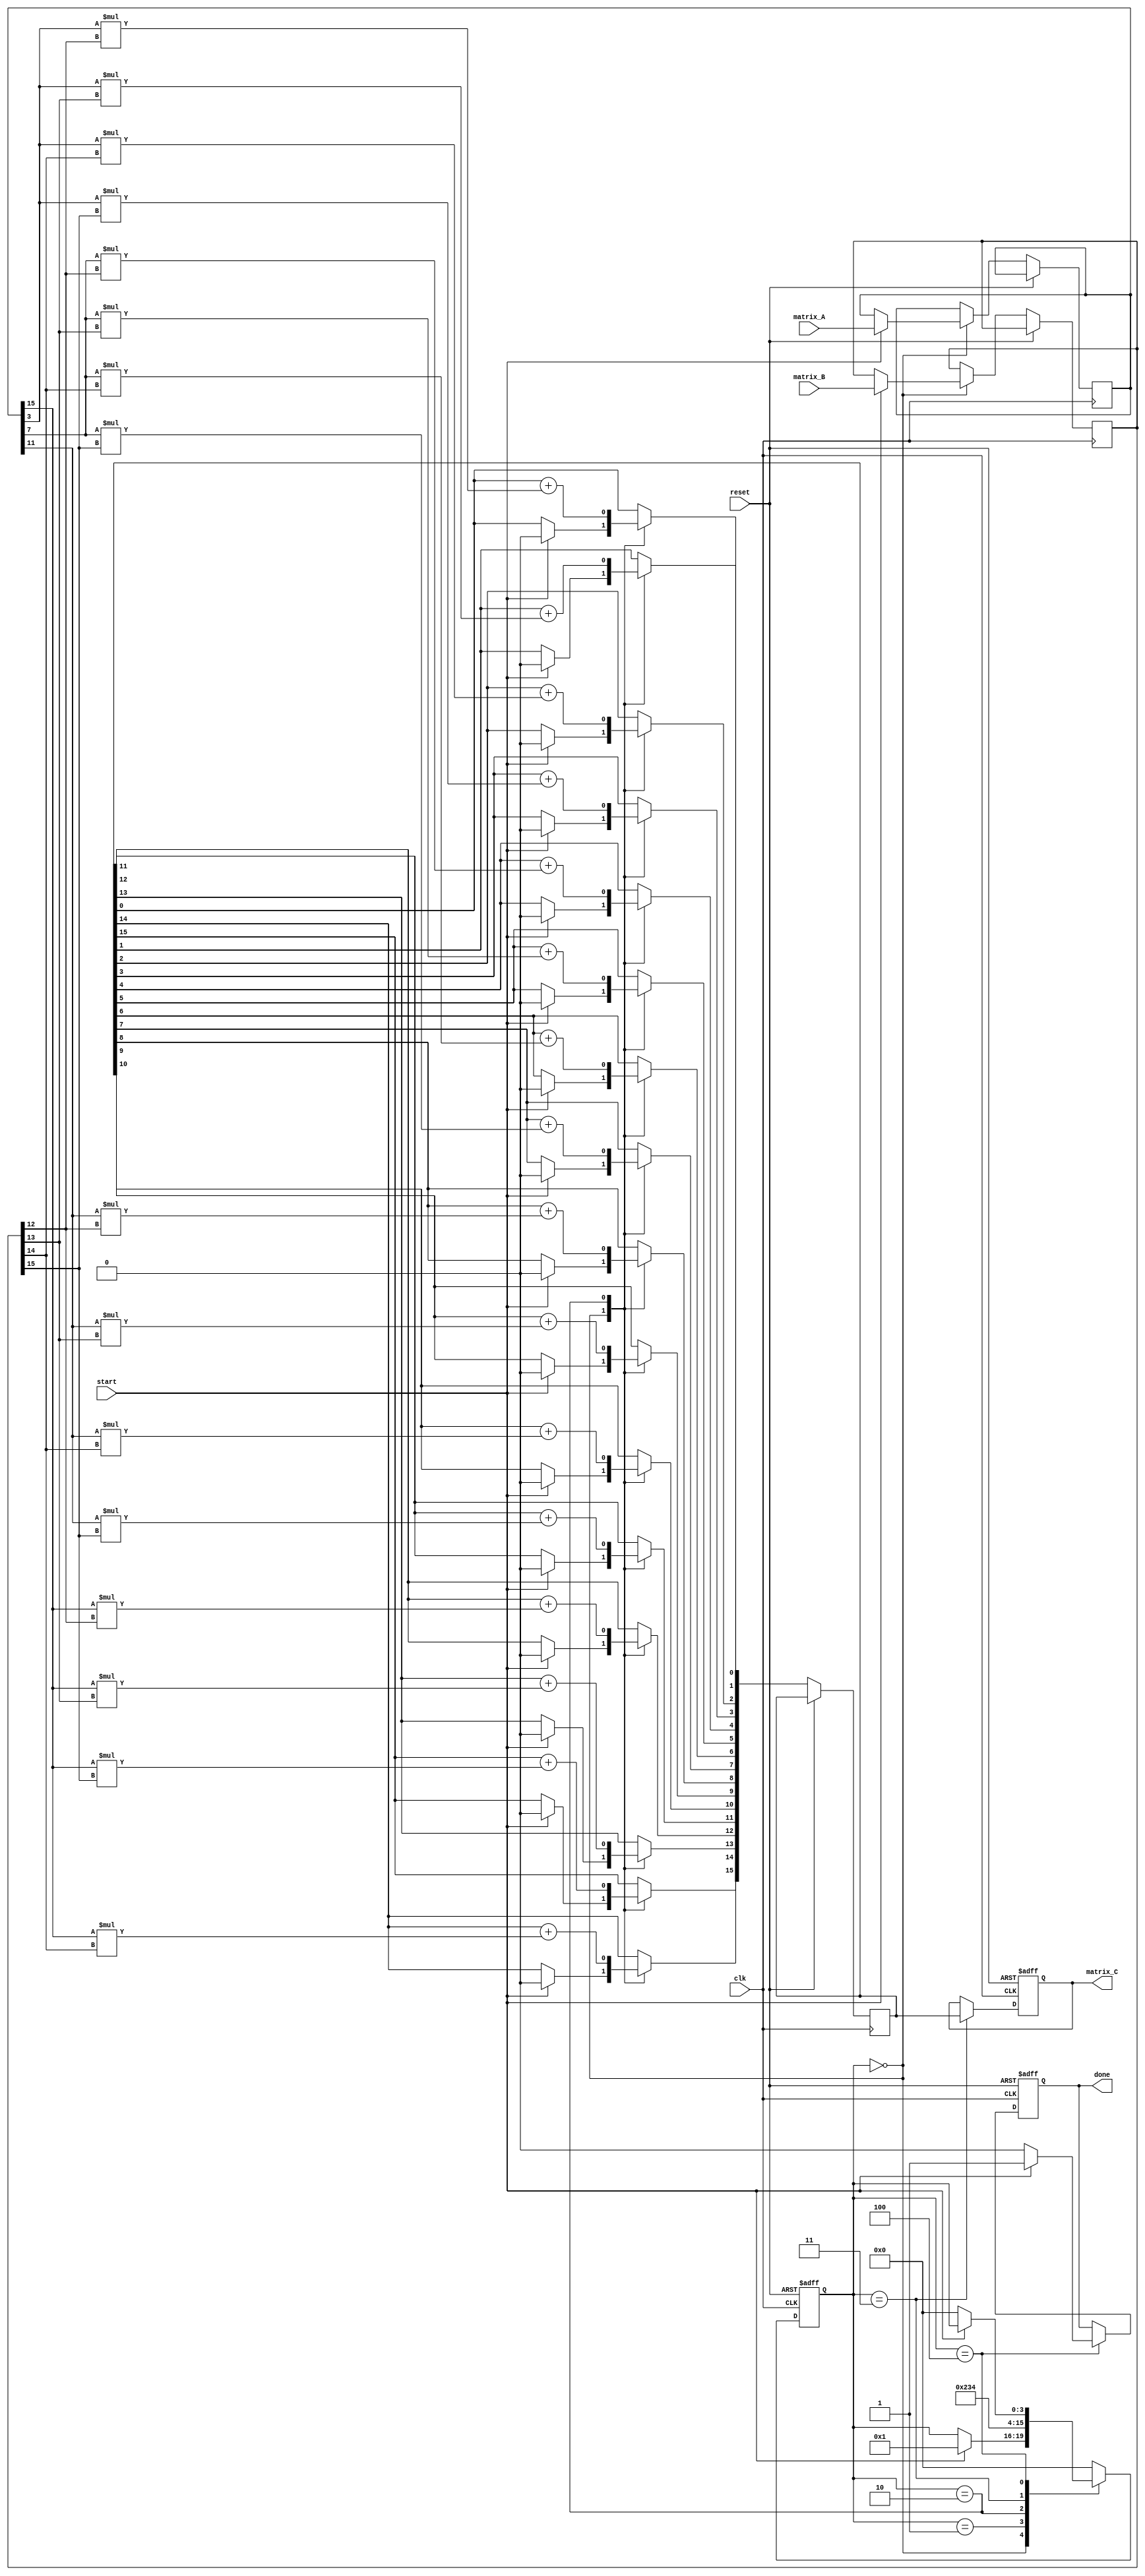
module stencil_multiplier #(
    parameter M = 4, // Rows in matrix A
    parameter K = 4, // Columns in matrix A / Rows in matrix B
    parameter N = 4  // Columns in matrix B
)(
    input wire clk,
    input wire reset,
    input wire start,
    input wire [M*K-1:0] matrix_A, // Flattened input matrix A
    input wire [K*N-1:0] matrix_B, // Flattened input matrix B
    output reg [M*N-1:0] matrix_C,  // Flattened output matrix C
    output reg done
);

    // Internal signals
    reg [M*K-1:0] A_buffer;
    reg [K*N-1:0] B_buffer;
    reg [M*N-1:0] C_buffer;
    reg [3:0] state;
    
    // State encoding
    localparam IDLE = 0, LOAD = 1, PROCESS = 2, STORE = 3, DONE = 4;

    // Stencil processing unit
    integer i, j, k;

    always @(posedge clk or posedge reset) begin
        if (reset) begin
            state <= IDLE;
            matrix_C <= 0;
            done <= 0;
        end else begin
            case (state)
                IDLE: begin
                    if (start) begin
                        A_buffer <= matrix_A;
                        B_buffer <= matrix_B;
                        C_buffer <= 0;
                        state <= LOAD;
                    end
                end
                
                LOAD: begin
                    // Load matrices into buffers
                    // Transition to PROCESS state
                    state <= PROCESS;
                end

                PROCESS: begin
                    // Perform multiplication
                    for (i = 0; i < M; i = i + 1) begin
                        for (j = 0; j < N; j = j + 1) begin
                            for (k = 0; k < K; k = k + 1) begin
                                C_buffer[i*N + j] <= C_buffer[i*N + j] + 
                                                     A_buffer[i*K + k] * B_buffer[k*N + j];
                            end
                        end
                    end
                    state <= STORE;
                end

                STORE: begin
                    // Store the result in output matrix C
                    matrix_C <= C_buffer;
                    state <= DONE;
                end

                DONE: begin
                    done <= 1; // Signal that processing is complete
                    if (!start) begin
                        state <= IDLE; // Reset state if start signal is low
                        done <= 0; // Clear done signal
                    end
                end

                default: state <= IDLE;
            endcase
        end
    end
endmodule